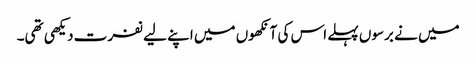
میں نے برسوں پہلے اس کی آنکھوں میں اپنے لیے نفرت دیکھی تھی۔